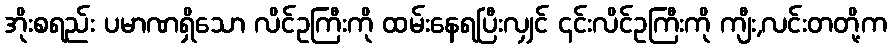
အိုးစရည်း ပမာဏရှိသော လိင်ဥကြီးကို ထမ်းနေရပြီးလျှင် ၎င်းလိင်ဥကြီးကို ကျီး,လင်းတတို့က